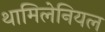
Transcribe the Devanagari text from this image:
थामिलेनियल